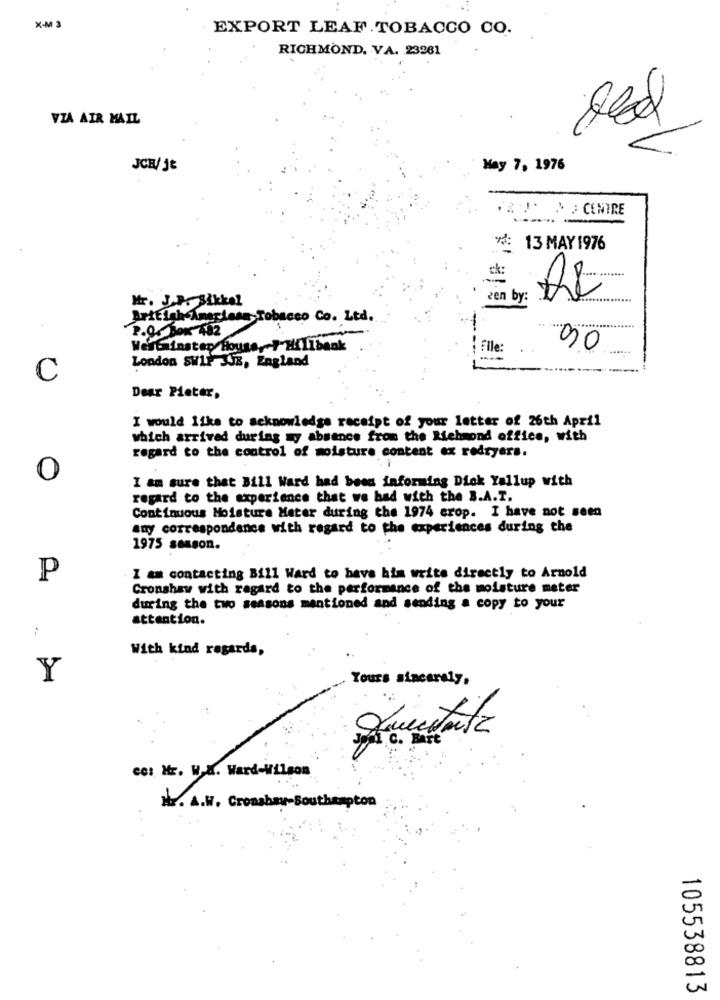
X-M 3
EXPORT LEAF.TOBACCO CO.
RICHMOND. VA. 23261
VIA AIR MAIL
JCH/ je
Hay 7, 1976
AS CENTRE
: 13 MAY 1976
ck:
Mr. JP Sikkel
zen by:
Arttigh Aneplass, Tobacco Co. Ltd.
2.0. Box 482
Westminster House ,- > Hillbank
File :
90
London SW1P JJZ, England
C
Dear Pieter,
I would like to acknowledge receipt of your letter of 26th April
which arrived during my absence from the Richmond office, with
regard to the control of moisture content ex redryers.
0
I am sure that Bill Ward had been informing Dick Yallup with
regard to the experience that we had with the B.A.T.
Continuous Moisture Meter during the 1974 crop. I have not seen
any correspondance with regard to the experiences during the
1975 season.
P
I am contacting Bill Ward to have him write directly to Arnold
Cronshaw with regard to the performance of the moisture meter
during the two seasons mentioned and sending a copy to your
attention.
With kind regards,
Y
Yours sincerely,
Ic.
ect Hr. W.X. Ward-Wilson
Hr. A.W. Cronshar-Southampton
105538813